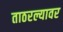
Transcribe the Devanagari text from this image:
ताठरल्यावर